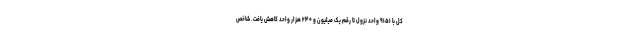
کل با ۹۱۵۱ واحد نزول تا رقم یک میلیون و ۲۴۰ هزار واحد کاهش یافت. شاخص